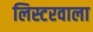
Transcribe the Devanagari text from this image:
लिस्टरवाला